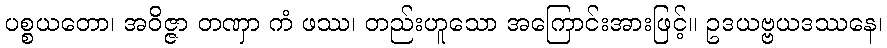
ပစ္စယတော၊ အဝိဇ္ဇာ တဏှာ ကံ ဖဿ၊ တည်းဟူသော အကြောင်းအားဖြင့်။ ဥဒယဗ္ဗယဒဿနေ၊